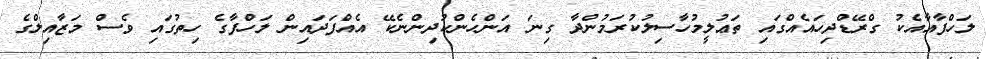
ލަހްފާއާއެކު ގްރޭޑްދިހައެއްގައި ތަޢުލީމުހާސިލުކުރަމުންދާ ގިނަ އަންހެންކުދިންނެކޭ އެއްފަދައިން ލަހްފާގެ ހިތުގައި ވެސް މަޒާއިލްގެ